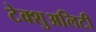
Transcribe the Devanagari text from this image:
टेक्शुअलिटी